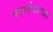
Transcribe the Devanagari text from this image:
पळदेवाच्या